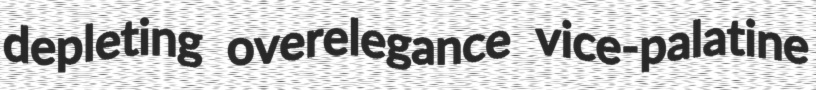
depleting overelegance vice-palatine